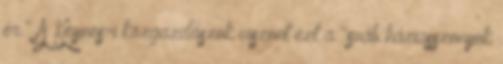
ér." A Keynes-i közgazdászok viszont ezt a "sváb háziasszonyok